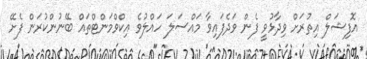
އޮފިޝަލް އިތުރަށް ވިދާޅުވީ ފެން ވަދެފައިވާ މައްސަލަ ހައްލުވެ އިކްވްމަންޓްތައް ބޭނުންކުރަން ފެށޭ